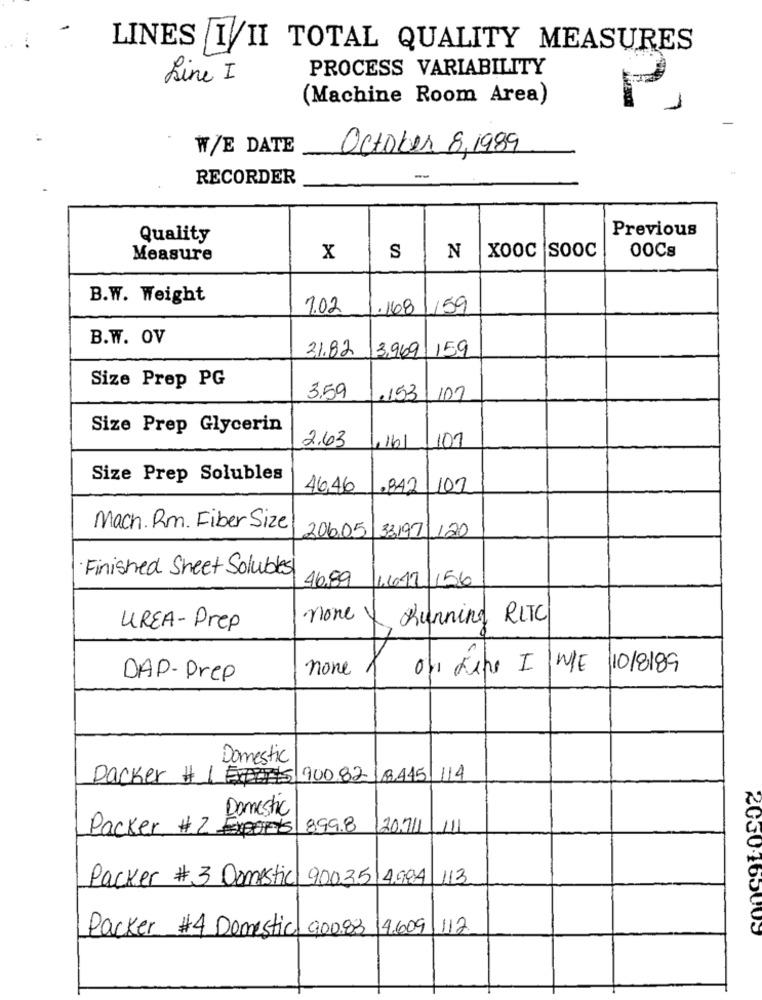
LINES I/II TOTAL QUALITY MEASURES
PROCESS VARIABILITY
Line I
(Machine Room Area)
W/E DATE
October 8,1989
RECORDER
Previous
Quality
XOOC SOOC
00Cs
Measure
X
S
N
B.W. Weight
1.02
.168
159
B.W. OV
31.82
3,969 159
Size Prep PG
3.59
.153
107
Size Prep Glycerin
2.63
,161
101
Size Prep Solubles
46,46
.842 107
Mach. Rm. Fiber Size
206.05
33.197/120
Finished Sheet Solubles
46,89
4612/156
none
Running, RITC
UREA-Prep
none
WIE
10/8/89
DAP-Drep
Domestic
Parker #15 90082
(8445/114
Domestic
Packer # 2
899.8
120711
113
Packer # 3 Domestic
Packer #4 Domestic 900.83 14609
112